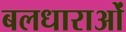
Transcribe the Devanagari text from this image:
बलधाराओं